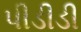
પીડીડી